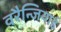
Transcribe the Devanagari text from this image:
वरैन्जियाई